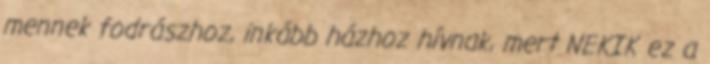
mennek fodrászhoz, inkább házhoz hívnak, mert NEKIK ez a